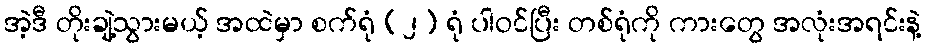
အဲ့ဒီ တိုးချဲ့သွားမယ့် အထဲမှာ စက်ရုံ (၂) ရုံ ပါဝင်ပြီး တစ်ရုံကို ကားတွေ အလုံးအရင်းနဲ့